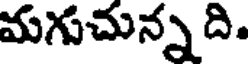
మగుచున్న ది.